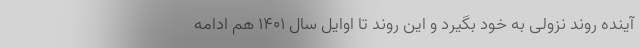
آینده روند نزولی به خود بگیرد و این روند تا اوایل سال ۱۴۰۱ هم ادامه